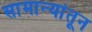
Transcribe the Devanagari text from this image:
सामान्यांतून